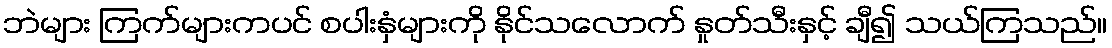
ဘဲများ ကြက်များကပင် စပါးနှံများကို နိုင်သလောက် နှုတ်သီးနှင့် ချီ၍ သယ်ကြသည်။